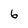
Character: 6